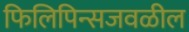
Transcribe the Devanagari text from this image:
फिलिपिन्सजवळील